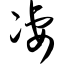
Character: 凄